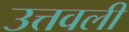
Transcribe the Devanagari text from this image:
उत्तवली